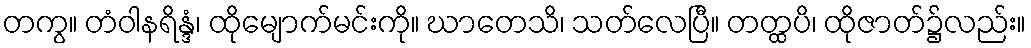
တကွ။ တံဝါနရိန္ဒံ၊ ထိုမျောက်မင်းကို။ ဃာတေသိ၊ သတ်လေပြီ။ တတ္ထပိ၊ ထိုဇာတ်၌လည်း။